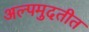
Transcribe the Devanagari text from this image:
अल्पमुदतीत